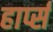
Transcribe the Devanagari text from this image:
हार्प्स